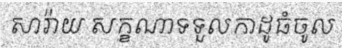
សារ៉ាយ សក្ខណាទទួលកាដូធំចូល